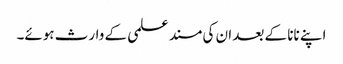
اپنے نانا کے بعد ان کی مسند علمی کے وارث ہوئے۔